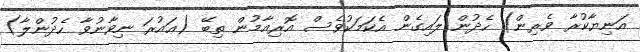
އަނިޔާކުރާ ވެރިން) ހެދުން ލައިގެން އެކަމަކުވެސް އޮރިއާމުން ތިބޭ (ޢައުރަ ނިވާނުވާ ހެދުންލާ)